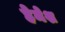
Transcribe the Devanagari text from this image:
हेमेश